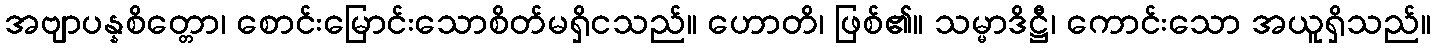
အဗျာပန္နစိတ္တော၊ စောင်းမြောင်းသောစိတ်မရှိငသည်။ ဟောတိ၊ ဖြစ်၏။ သမ္မာဒိဋ္ဌီ၊ ကောင်းသော အယူရှိသည်။